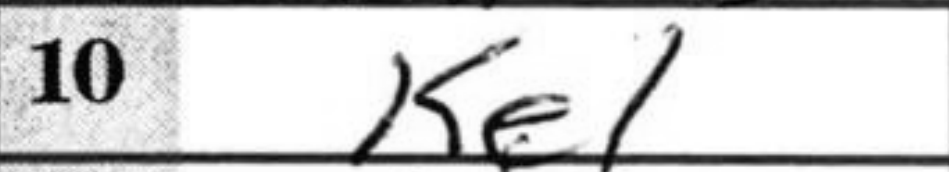
Transcription: Ke1